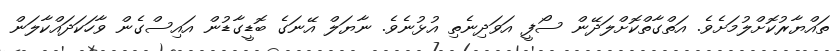
ތައްޔާރުކޮށްލުމަށެވެ. އަތްގާތްކޮށްލަދޭން ސޯފީ އަވަދިނެތި އުޅުނެވެ. ނާޔަލް އޭނަގެ ބޮޑީގާޑުން އައިސްގެން ވާހަކަދައްކާލަން